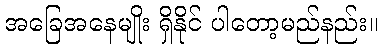
အခြေအနေမျိုး ရှိနိုင် ပါတော့မည်နည်း။